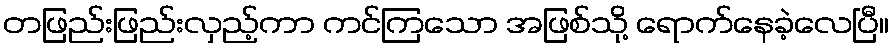
တဖြည်းဖြည်းလှည့်ကာ ကင်ကြသော အဖြစ်သို့ ရောက်နေခဲ့လေပြီ။